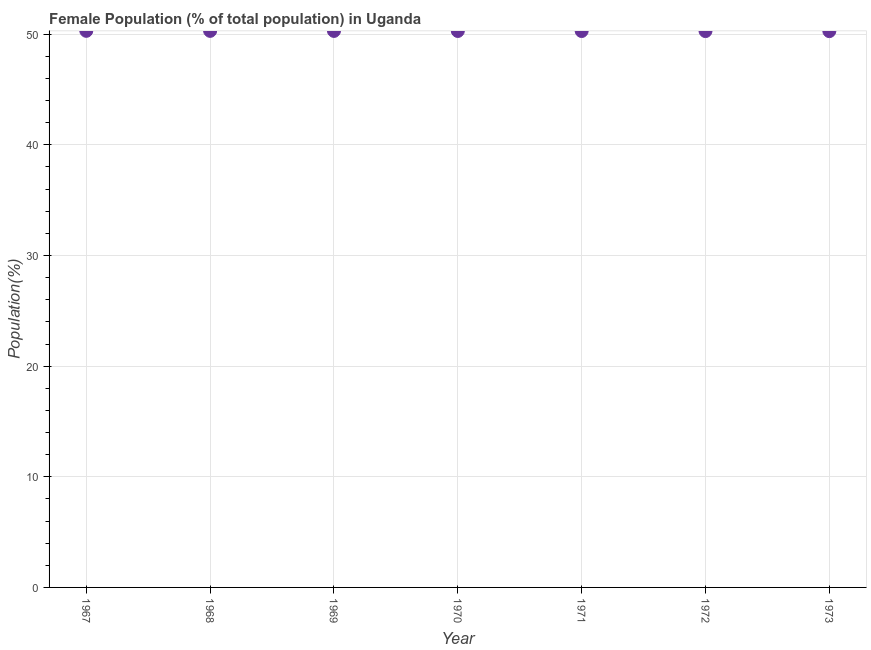
| Year | Female |
 | --- | --- |
 | 1967 | 50.3 |
 | 1968 | 50.3 |
 | 1969 | 50.3 |
 | 1970 | 50.3 |
 | 1971 | 50.3 |
 | 1972 | 50.3 |
 | 1973 | 50.3 |